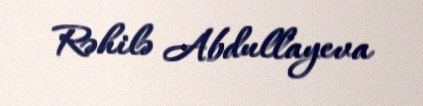
Rəhilə Abdullayeva